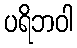
ပရိဘဝါ